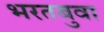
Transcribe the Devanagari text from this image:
भरतबुवा